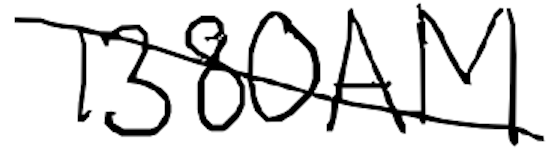
Text: 1380AM
Cross-out: diagonal
Writing tool: digital_black